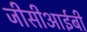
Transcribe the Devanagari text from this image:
जीसीआईबी